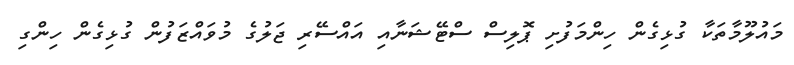
މައުލޫމާތަކާ ގުޅިގެން ހިންމަފުށި ޕޮލިސް ސްޓޭޝަނާއި އައްސޭރި ޖަލުގެ މުވައްޒަފުން ގުޅިގެން ހިންގި